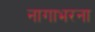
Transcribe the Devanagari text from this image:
नागाभरना